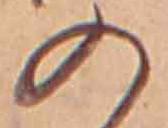
の